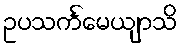
ဥပသင်္ကမေယျာသိ